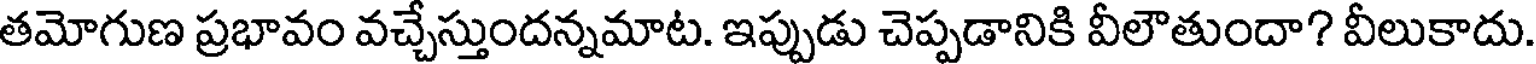
తమోగుణ ప్రభావం వచ్చేస్తుందన్నమాట. ఇప్పుడు చెప్పడానికి వీలౌతుందా? వీలుకాదు.